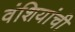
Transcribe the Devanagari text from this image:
वंशियांची